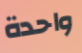
واحدة